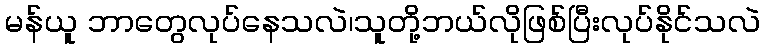
မန်ယူ ဘာတွေလုပ်နေသလဲ၊သူတို့ဘယ်လိုဖြစ်ပြီးလုပ်နိုင်သလဲ